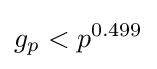
g_{p}<p^{0.499}